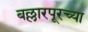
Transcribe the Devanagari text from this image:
बल्लारपूरच्या